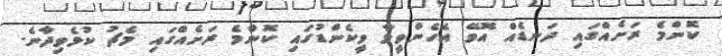
ކޮންމެ ރަށެއްގައި ދަނޑެއް އޮވޭ އެހެންވީމާ ވީކެންޑުގައި ކޮންމެ ރަށެއްގައި މެޗު ކުޅެވިދާނެ.